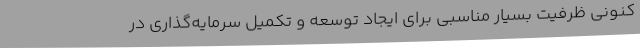
کنونی ظرفیت بسیار مناسبی برای ایجاد توسعه و تکمیل سرمایه‌گذاری در